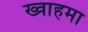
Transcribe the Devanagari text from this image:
ख्वाहमा